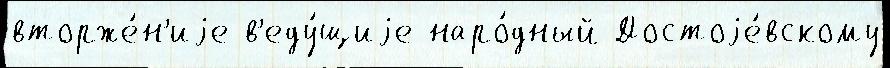
вторже́н'иjе в'еду́щиjе наро́дный Достоjе́вскому